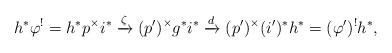
LaTeX: \begin{align*}h^*\varphi^!=h^*p^\times i^*\xrightarrow\zeta(p')^\times g^* i^*\xrightarrow d(p')^\times (i')^*h^*=(\varphi')^!h^*,\end{align*}